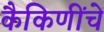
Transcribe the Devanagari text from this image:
कैकिणींचे